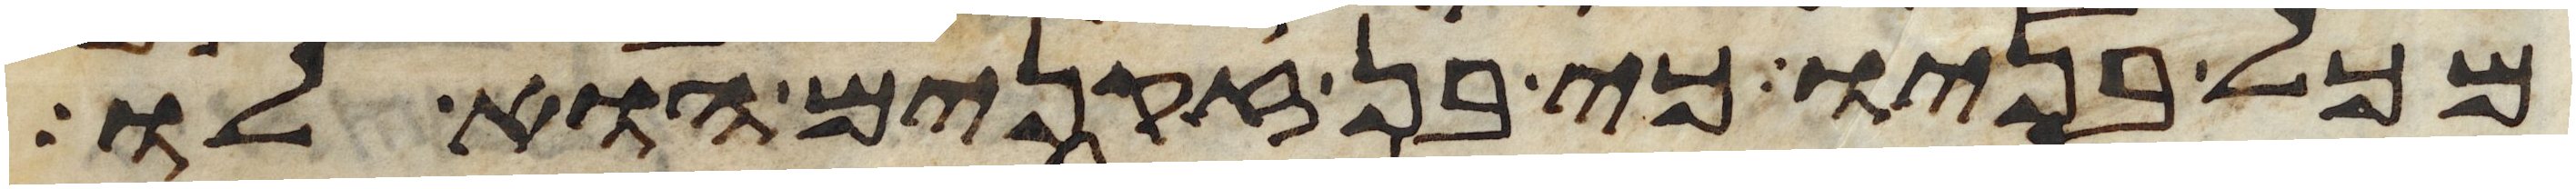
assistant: מכל בניו כי בן זקנים הוא לו